Plague in India, 1896, 1897 - Volume 2
Year: 1896
Disease focus: Plague
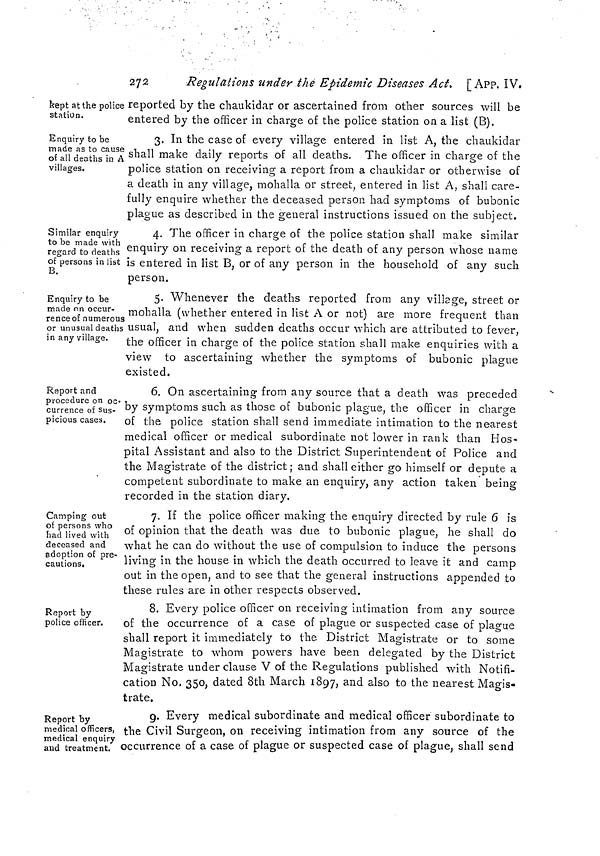
272
Regulations under the Epidemic Diseases Act. [App. IV.
kept at the police
station.
reported by the chaukidar or ascertained from other sources will be
entered by the officer in charge of the police station on a list (B).
Enquiry to be
made as to cause
of all deaths in A
villages.
3. In the case of every village entered in list A, the chaukidar
shall make daily reports of all deaths. The officer in charge of the
police station on receiving a report from a chaukidar or otherwise of
a death in any village, mohalla or street, entered in list A, shall care-
fully enquire whether the deceased person had symptoms of bubonic
plague as described in the general instructions issued on the subject.
Similar enquiry
to be made with
regard to deaths
of persons in list
B.
4. The officer in charge of the police station shall make similar
enquiry on receiving a report of the death of any person whose name
is entered in list B, or of any person in the household of any such
person.
Enquiry to be
made on occur-
rence of numerous
or unusual deaths
in any village.
5. Whenever the deaths reported from any village, street or
mohalla (whether entered in list A or not) are more frequent than
usual, and when sudden deaths occur which are attributed to fever,
the officer in charge of the police station shall make enquiries with a
view to ascertaining whether the symptoms of bubonic plague
existed.
Report and
procedure on oc-
currence of sus-
picious cases.
6. On ascertaining from any source that a death was preceded
by symptoms such as those of bubonic plague, the officer in charge
of the police station shall send immediate intimation to the nearest
medical officer or medical subordinate not lower in rank than Hos-
pital Assistant and also to the District Superintendent of Police and
the Magistrate of the district; and shall either go himself or depute a
competent subordinate to make an enquiry, any action taken being
recorded in the station diary.
Camping out
of persons who
had lived with
deceased and
adoption of pre-
cautions.
7. If the police officer making the enquiry directed by rule 6 is
of opinion that the death was due to bubonic plague, he shall do
what he can do without the use of compulsion to induce the persons
living in the house in which the death occurred to leave it and camp
out in the open, and to see that the general instructions appended to
these rules are in other respects observed.
Report by
police officer.
8. Every police officer on receiving intimation from any source
of the occurrence of a case of plague or suspected case of plague
shall report it immediately to the. District Magistrate or to some
Magistrate to whom powers have been delegated by the District
Magistrate under clause V of the Regulations published with Notifi-
cation No, 350, dated 8th March 1897, and also to the nearest Magis-
trate.
Report by
medical officers,
medical enquiry
and treatment.
9. Every medical subordinate and medical officer subordinate to
the Civil Surgeon, on receiving intimation from any source of the
occurrence of a case of plague or suspected case of plague, shall send